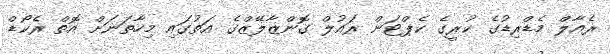
ރެއާލް މެޑްރިޑުގެ ކުރީގެ ކެޕްޓަން ރައުލް ގޮންޒާލޭޒްގެ އަތުގައި މިހާތަނަށް އޮތް ރެކޯޑް